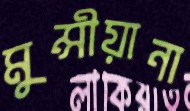
মুন্সীয়ানা